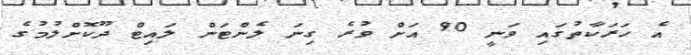
އެ ހަރަކާތުގައި ވަނީ 90 އަށް ވުރެ ގިނަ ލެންޓަން ލައިޓް ދޫކޮށްލުމުގެ